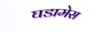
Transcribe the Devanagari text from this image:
घडामेस